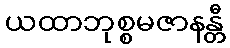
ယထာဘုစ္စမဇာနန္တီ